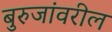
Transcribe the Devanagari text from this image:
बुरुजांवरील